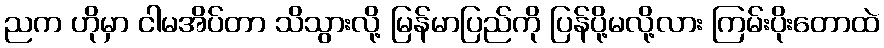
ညက ဟိုမှာ ငါမအိပ်တာ သိသွားလို့ မြန်မာပြည်ကို ပြန်ပို့မလို့လား ကြမ်းပိုးတောထဲ